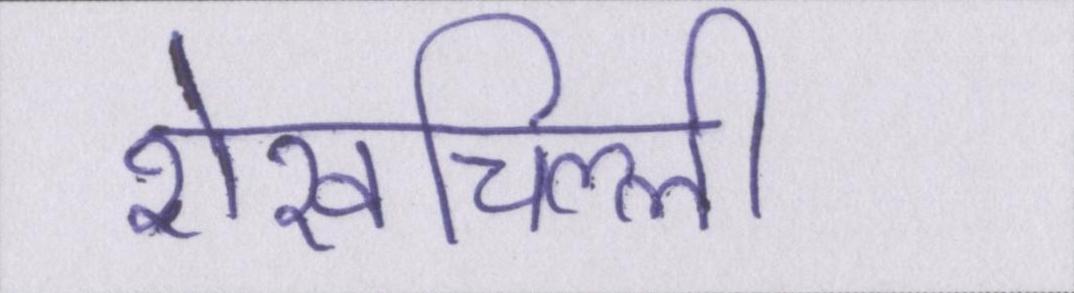
शेखचिल्ली